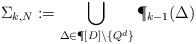
LaTeX: \begin{align*} \Sigma_{k,N}:= \bigcup\limits_{\Delta\in\P[D]\setminus\{Q^d\} } \P_{k-1}(\Delta)\end{align*}